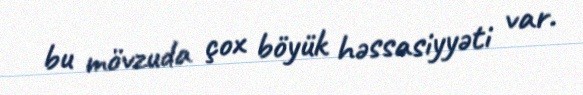
bu mövzuda çox böyük həssasiyyəti var.